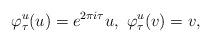
LaTeX: \begin{align*}\varphi^{u}_{\tau}(u)=e^{2\pi i\tau}u, \ \varphi^{u}_{\tau}(v) = v,\end{align*}